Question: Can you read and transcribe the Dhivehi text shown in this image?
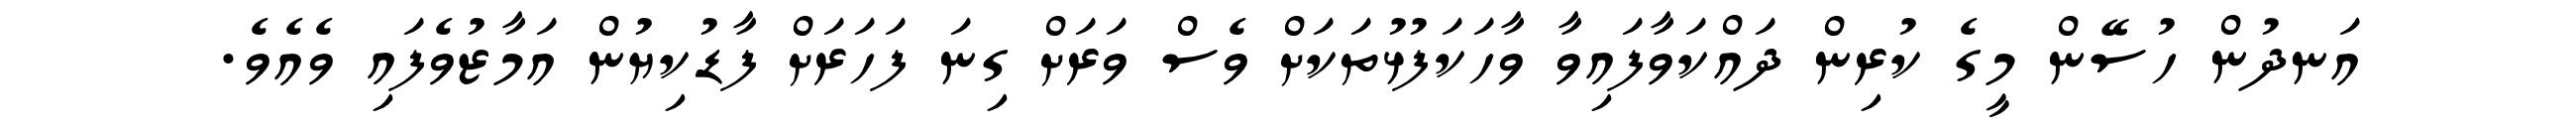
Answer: އަނދުން ހުސޭން މީގެ ކުރިން ދައްކަވާފައިވާ ވާހަކަފުޅުތަކަށް ވެސް ވަރަށް ގިނަ ފަހަރަށް ފާޑުކިޔުން އަމާޒުވެފައި ވެއެވެ.